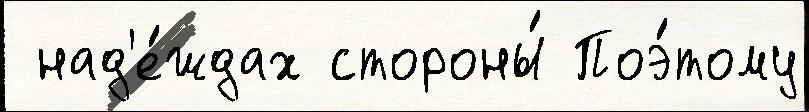
 над'е́ждах стороны́ Поэ́тому